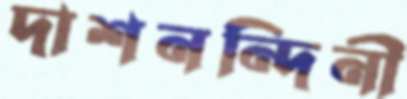
দাশনন্দিনী